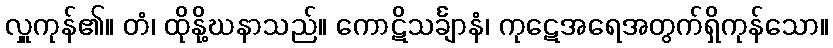
လှူကုန်၏။ တံ၊ ထိုနို့ဃနာသည်။ ကောဋိသင်္ချာနံ၊ ကုဋေအရေအတွက်ရှိကုန်သော။